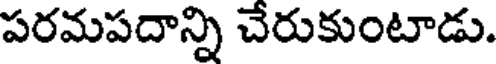
పరమపదాన్ని చేరుకుంటాడు.